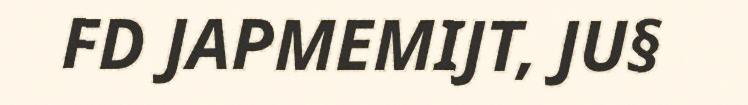
FD JAPMEMIJT, JU§